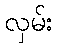
လှမ်း